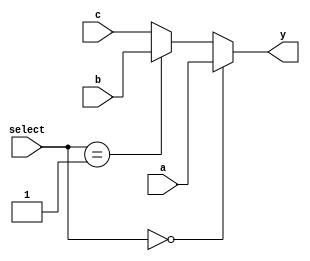
`timescale 1ns / 1ps
//////////////////////////////////////////////////////////////////////////////////
// Company: 
// Engineer: 
// 
// Design Name: 
// Module Name:    mux 
// Project Name: 
// Target Devices: 
// Tool versions: 
// Description: 
//
// Dependencies: 
//
// Revision: 
// Revision 0.01 - File Created
// Additional Comments: 
//
//////////////////////////////////////////////////////////////////////////////////
module mux_3_5(
	 input [4:0] a,b,c,
	 input [1:0] select,
	 output [4:0] y
    );
	 
	 assign y = (select == 0) ? a :
					(select == 1) ? b :
										 c;
endmodule

module mux_3_32(
	 input [31:0] a,b,c,
	 input [1:0] select,
	 output [31:0] y
    );
	 
	 assign y = (select == 0) ? a :
					(select == 1) ? b :
										 c;
endmodule

module mux_4_32(
	 input [31:0] a,b,c,d,
	 input [2:0] select,
	 output [31:0] y
    );
	 
	 assign y = (select == 0) ? a :
					(select == 1) ? b :
					(select == 2) ? c :
										 d;
endmodule

module mux_5_32(
	 input [31:0] a,b,c,d,e,
	 input [2:0] select,
	 output [31:0] y
    );
 
	 assign y = (select == 0) ? a :
					(select == 1) ? b :
					(select == 2) ? c :
					(select == 3) ? d :
										 e;

endmodule